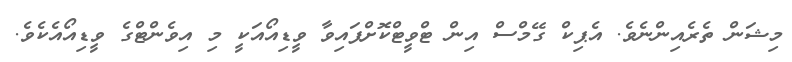
މިޝަން ތެރެއިންނެވެ. އެޕިކް ގޭމްސް އިން ޓްވީޓްކޮށްފައިވާ ވީޑިއޯއަކީ މި އިވެންޓްގެ ވީޑިއޯއެކެވެ.